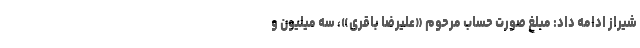
شیراز ادامه داد: مبلغ صورت حساب مرحوم «علیرضا باقری»، سه میلیون و